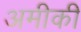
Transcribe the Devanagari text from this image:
अमीकी